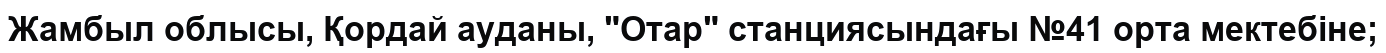
Жамбыл облысы, Қордай ауданы, "Отар" станциясындағы №41 орта мектебіне;